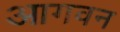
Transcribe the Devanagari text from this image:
आगवन